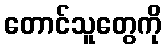
တောင်သူတွေကို